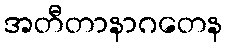
အတီတာနာဂတေန